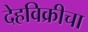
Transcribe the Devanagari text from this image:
देहविक्रीचा